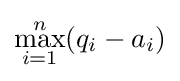
\max _{i=1}^{n}(q_{i}-a_{i})